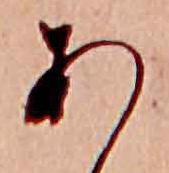
あ